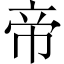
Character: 帝